Civil Veterinary Dept. Assam report 1927-50 - 1927-1950
Year: 1927
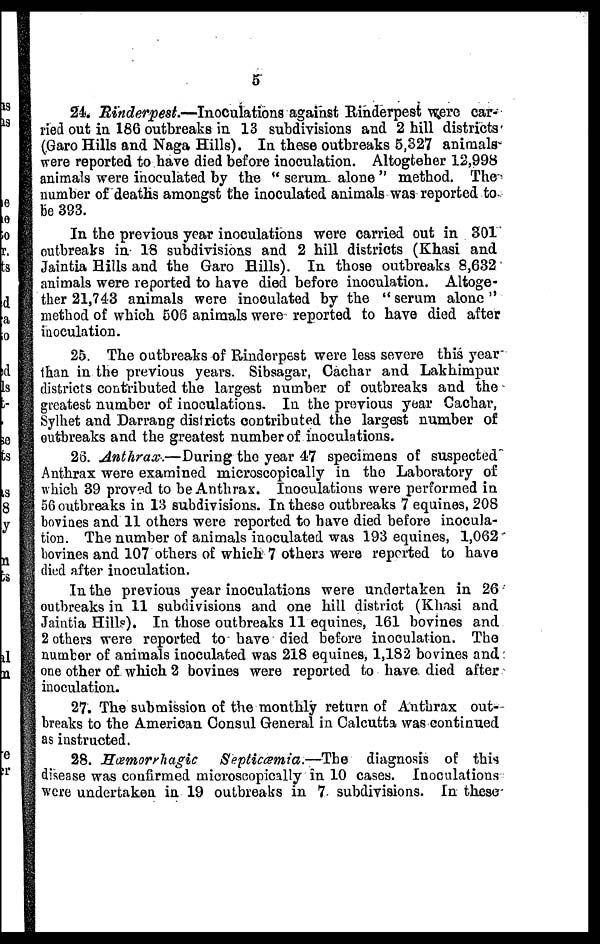
5
24. Rinderpest.—Inoculations
against Rinderpest were car-
ried out in 186 outbreaks in 13 subdivisions and 2 hill districts
(Garo Hills and Naga Hills). In these outbreaks 5,327 animals
were reported to have died before inoculation. Altogteher 12,998
animals were inoculated by the " serum, alone " method. The
number of deaths amongst the inoculated animals was reported to
be 393.
In the previous year inoculations were carried out in 301
outbreaks in 18 subdivisions and 2 hill districts (Khasi and
Jaintia Hills and the Garo Hills). In those outbreaks 8,632
animals were reported to have died before inoculation. Altoge-
ther 21,743 animals were inoculated by the " serum alone "
method of which 506 animals were reported to have died after
inoculation.
25. The outbreaks of Rinderpest were less severe this year
than in the previous years. Sibsagar, Cachar and Lakhimpur
districts contributed the largest number of outbreaks and the
greatest number of inoculations. In the previous year Cachar,
Sylhet and Darrang districts contributed the largest number of
outbreaks and the greatest number of inoculations.
23. Anthrax.—During the year 47 specimens of suspected
Anthrax were examined microscopically in the Laboratory of
which 39 proved to be Anthrax. Inoculations were performed in
56 outbreaks in 13 subdivisions. In these outbreaks 7 equines, 208
boviaes and 11 others were reported to have died before inocula-
tion. The number of animals inoculated was 193 equines, 1,062
bovines and 107 others of which 7 others were reported to have
died after inoculation.
In the previous year inoculations were undertaken in 26
outbreaks in 11 subdivisions and one hill district (Khasi and
Jaintia Hills). In those outbreaks 11 equines, 161 bovines and
2 others were reported to have died before inoculation. The
number of animals inoculated was 218 equines, 1,182 bovines and
one other of which 2 bovines were reported to have died after
inoculation.
27. The submission of the monthly return of Anthrax out-
breaks to the American Consul General in Calcutta was continued
as instructed.
28. Hæmorrhagic
Septicæmia.—The
diagnosis of this
disease was confirmed microscopically in 10 cases. Inoculations
were undertaken in 19 outbreaks in 7 subdivisions. In these